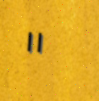
١١